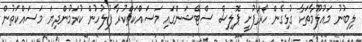
ލިބުނު މައުލޫމާތަކާ ގުޅިގެން ހޯރަފުށީ ޕޮލިސް ސްޓޭޝަންގައި މަސައްކަތްކުރާ ފުލުހުން ކުރަމުންދިޔަ މަސައްކަތުން